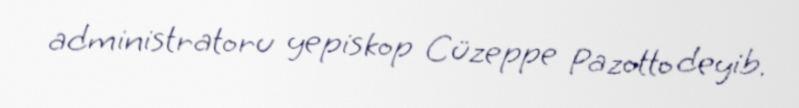
administratoru yepiskop Cüzeppe Pazotto deyib.